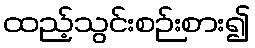
ထည့်သွင်းစဉ်းစား၍